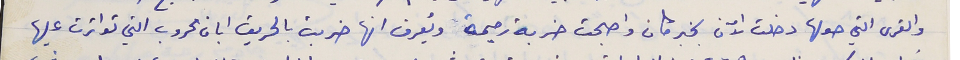
والقرى التي حولها دخلت الآن بخبر كان واصبحت خربة رحيمة ويُعرف انها خربت بالحريق ابان الحروب التي تواترت عليها